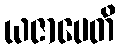
ယဇာပေတိ